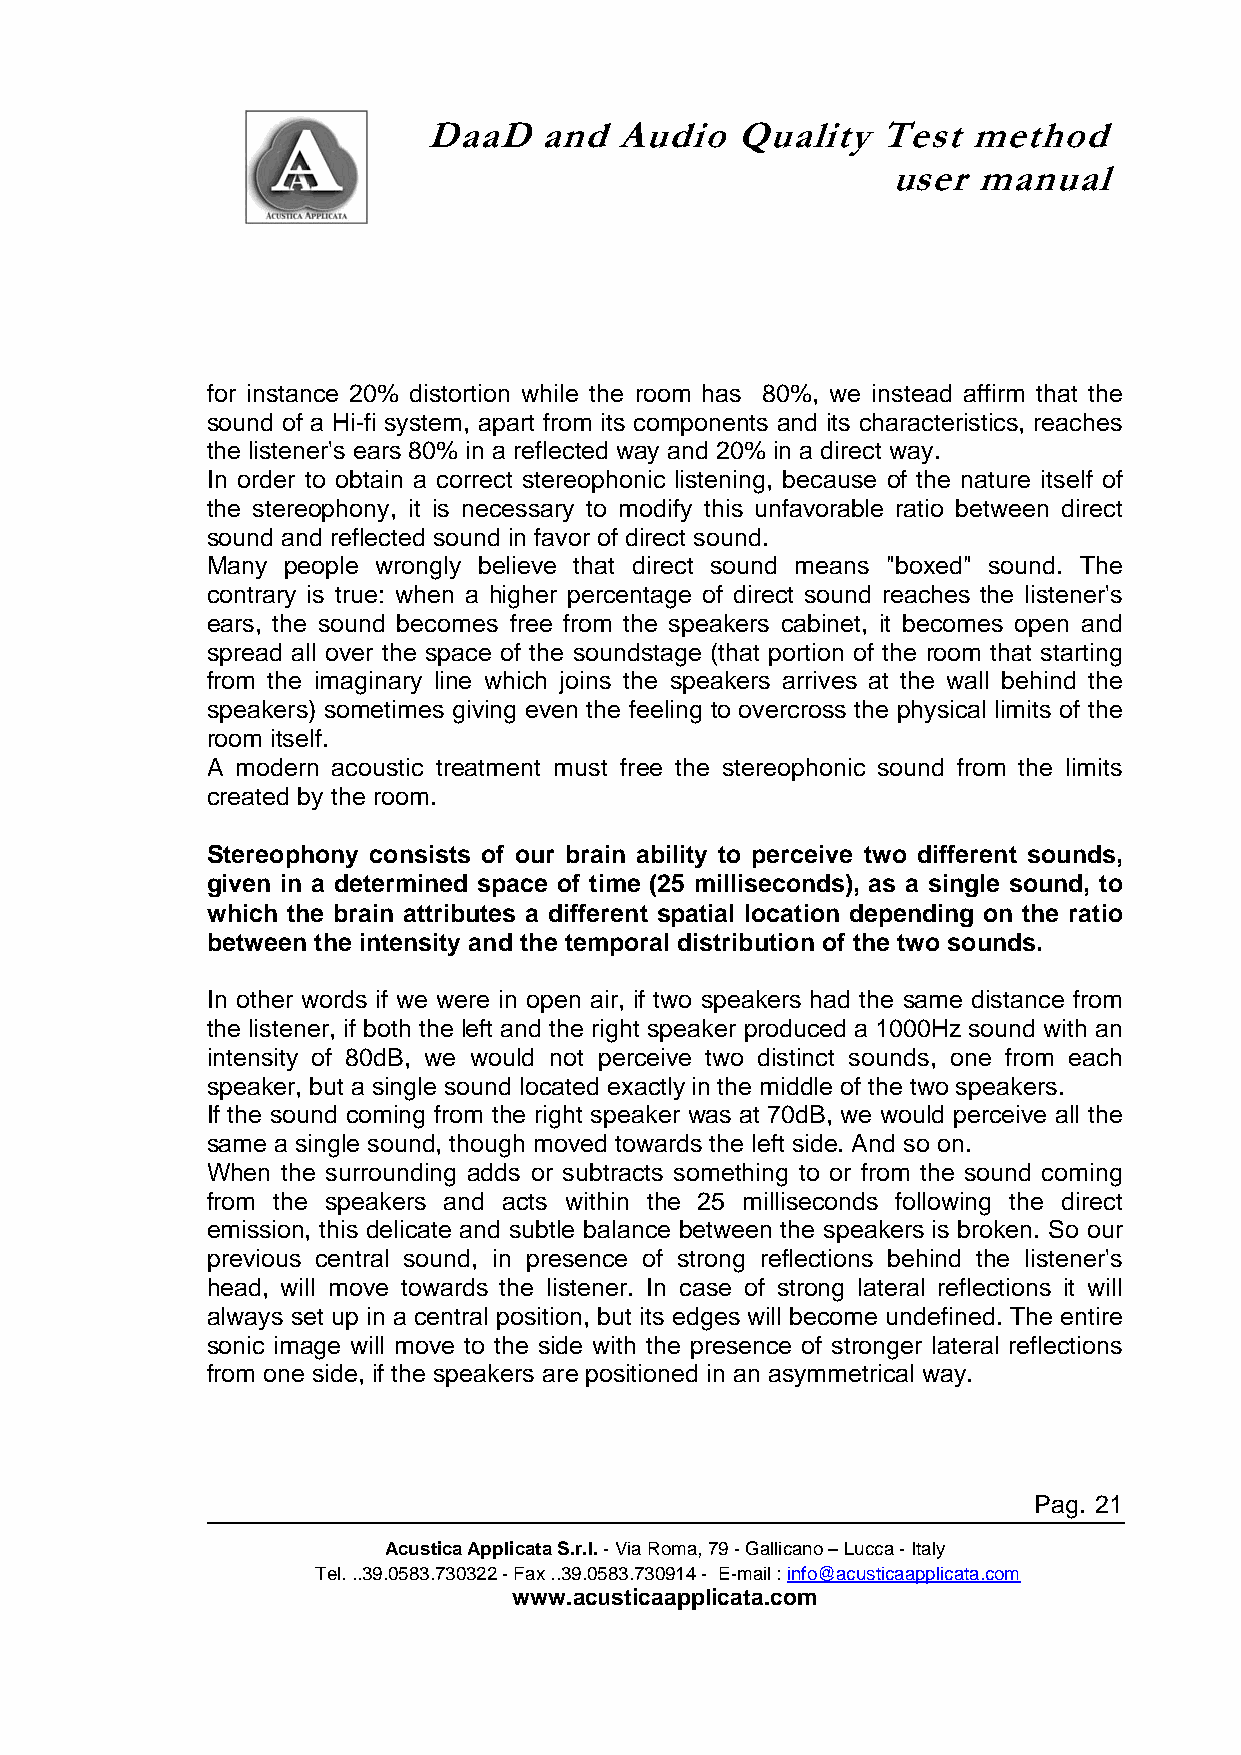
DaaD    and  Audio   Quality  Test  method
 user  manual
 for instance 20% distortion while the room has 80%, we instead affirm that the
 sound of a Hi-fi system, apart from its components and its characteristics, reaches
 the listener's ears 80% in a reflected way and 20% in a direct way.
 In order to obtain a correct stereophonic listening, because of the nature itself of
 the stereophony, it is necessary to modify this unfavorable ratio between direct
 sound and reflected sound in favor of direct sound.
 Many people wrongly believe that direct sound means "boxed" sound. The
 contrary is true: when a higher percentage of direct sound reaches the listener's
 ears, the sound becomes free from the speakers cabinet, it becomes open and
 spread all over the space of the soundstage (that portion of the room that starting
 from the imaginary line which joins the speakers arrives at the wall behind the
 speakers) sometimes giving even the feeling to overcross the physical limits of the
 room itself.
 A modern acoustic treatment must free the stereophonic sound from the limits
 created by the room.
 Stereophony consists of our brain ability to perceive two different sounds,
 given in a determined space of time (25 milliseconds), as a single sound, to
 which the brain attributes a different spatial location depending on the ratio
 between the intensity and the temporal distribution of the two sounds.
 In other words if we were in open air, if two speakers had the same distance from
 the listener, if both the left and the right speaker produced a 1000Hz sound with an
 intensity of 80dB, we would not perceive two distinct sounds, one from each
 speaker, but a single sound located exactly in the middle of the two speakers.
 If the sound coming from the right speaker was at 70dB, we would perceive all the
 same a single sound, though moved towards the left side. And so on.
 When the surrounding adds or subtracts something to or from the sound coming
 from the speakers and acts within the 25 milliseconds following the direct
 emission, this delicate and subtle balance between the speakers is broken. So our
 previous central sound, in presence of strong reflections behind the listener's
 head, will move towards the listener. In case of strong lateral reflections it will
 always set up in a central position, but its edges will become undefined. The entire
 sonic image will move to the side with the presence of stronger lateral reflections
 from one side, if the speakers are positioned in an asymmetrical way.
 Pag. 21
 Acustica Applicata S.r.l. - Via Roma, 79 - Gallicano – Lucca - Italy
 Tel. ..39.0583.730322 - Fax ..39.0583.730914 - E-mail : info@acusticaapplicata.com
 www.acusticaapplicata.com